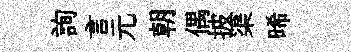
詢言元朝偶披渠晞